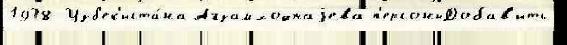
1938 Узб'ек'иста́на Агзамходжаjева п'ерсоныДобав'ить